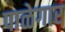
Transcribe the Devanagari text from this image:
पाळेगार